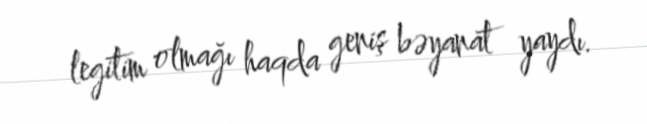
legitim olmağı haqda geniş bəyanat yaydı.